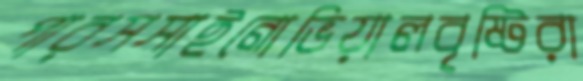
পারসসাইনোভিয়ালবৃষ্টিরা